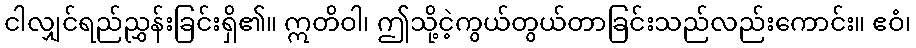
ငါလျှင်ရည်ညွှန်းခြင်းရှိ၏။ ဣတိဝါ၊ ဤသို့ငဲ့ကွယ်တွယ်တာခြင်းသည်လည်းကောင်း။ ဧဝံ၊